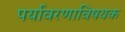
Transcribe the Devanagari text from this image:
पर्यावरणाविषयक